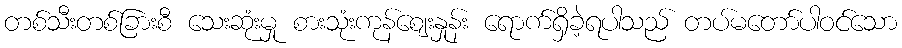
တစ်သီးတစ်ခြားစီ သေးဆုံးမှု စားသုံးကုန်ဈေးနှုန်း ရောက်ရှိခဲ့ရပါသည် တပ်မတော်ပါဝင်သော